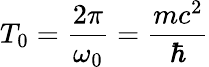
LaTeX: T_{0}=\frac{2\pi}{\omega_{0}}=\frac{mc^{2}}{\hbar}